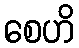
စေဟိ